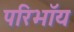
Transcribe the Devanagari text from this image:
परिभाॅय